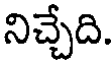
నిచ్చేది.